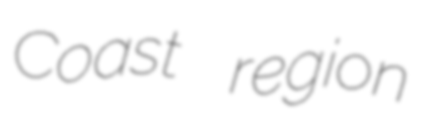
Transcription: Coast region